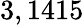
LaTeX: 3,1415